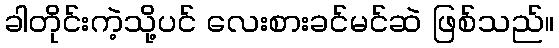
ခါတိုင်းကဲ့သို့ပင် လေးစားခင်မင်ဆဲ ဖြစ်သည်။